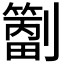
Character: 𫦝